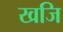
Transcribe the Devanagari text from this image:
खजि